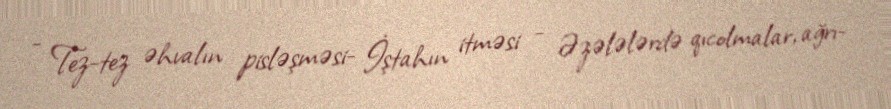
- Tez-tez əhvalın pisləşməsi- İştahın itməsi - Əzələlərdə qıcolmalar, ağrı-